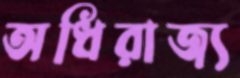
অধিরাজ্য